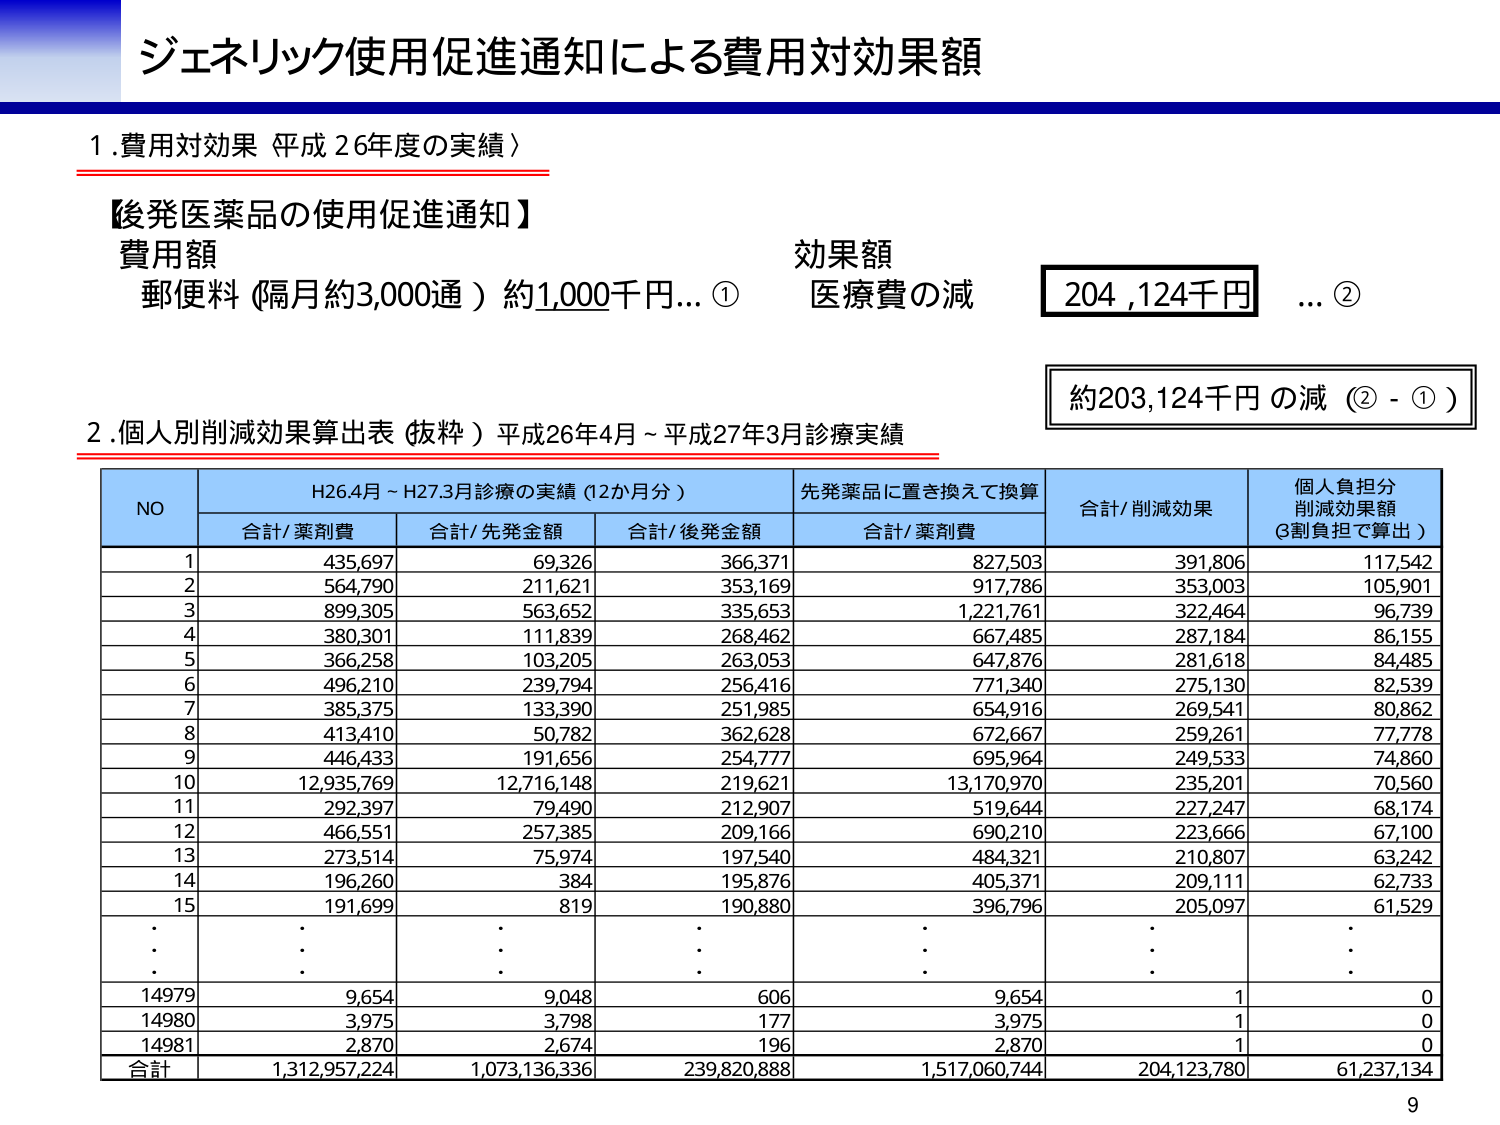
ジェネリック使用促進通知による費用対効果額

1. 費用対効果 平成26年度の実績）

【後発医薬品の使用促進通知】
費用額
郵便料（隔月約3,000通）約1,000千円…①
効果額
医療費の減
204,124千円 …②

約203,124千円の減（② - ①）

2. 個人別削減効果算出表（抜粋）平成26年4月～平成27年3月診療実績

NO | H26.4月～H27.3月診療の実績（12か月分） | 先発薬品に置き換えて換算 | 合計/削減効果 | 個人負担分 削減効果額（3割負担で算出）
---|---|---|---|---
| 合計/薬剤費 | 合計/先発金額 | 合計/後発金額 | 合計/薬剤費 | |
1 | 435,697 | 69,326 | 366,371 | 827,503 | 391,806 | 117,542
2 | 564,790 | 211,621 | 353,169 | 917,786 | 353,003 | 105,901
3 | 899,305 | 563,652 | 335,653 | 1,221,761 | 322,464 | 96,739
4 | 380,301 | 111,839 | 268,462 | 667,485 | 287,184 | 86,155
5 | 366,258 | 103,205 | 263,053 | 647,876 | 281,618 | 84,485
6 | 496,210 | 239,794 | 256,416 | 771,340 | 275,130 | 82,539
7 | 385,375 | 133,390 | 251,985 | 654,916 | 269,541 | 80,862
8 | 413,410 | 50,782 | 362,628 | 672,667 | 259,261 | 77,778
9 | 446,433 | 191,656 | 254,777 | 695,964 | 249,533 | 74,860
10 | 12,935,769 | 12,716,148 | 219,621 | 13,170,970 | 235,201 | 70,560
11 | 292,397 | 79,490 | 212,907 | 519,644 | 227,247 | 68,174
12 | 466,551 | 257,385 | 209,166 | 690,210 | 223,666 | 67,100
13 | 273,514 | 75,974 | 197,540 | 484,321 | 210,807 | 63,242
14 | 196,260 | 384 | 195,876 | 405,371 | 209,111 | 62,733
15 | 191,699 | 819 | 190,880 | 396,796 | 205,097 | 61,529
: | : | : | : | : | : | :
: | : | : | : | : | : | :
14979 | 9,654 | 9,048 | 606 | 9,654 | 1 | 0
14980 | 3,975 | 3,798 | 177 | 3,975 | 1 | 0
14981 | 2,870 | 2,674 | 196 | 2,870 | 1 | 0
合計 | 1,312,957,224 | 1,073,136,336 | 239,820,888 | 1,517,060,744 | 204,123,780 | 61,237,134

9